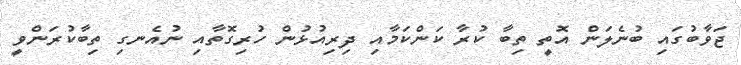
ޖަވާބުގައި ބުނެލަން އޮތީ ތިބާ ކުރާ ކަންކަމާއި ދިރިއުޅުން ހުރިގޮތާއި ނުއެނގި ތިބާކުރަންވީ